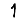
Digit: 1